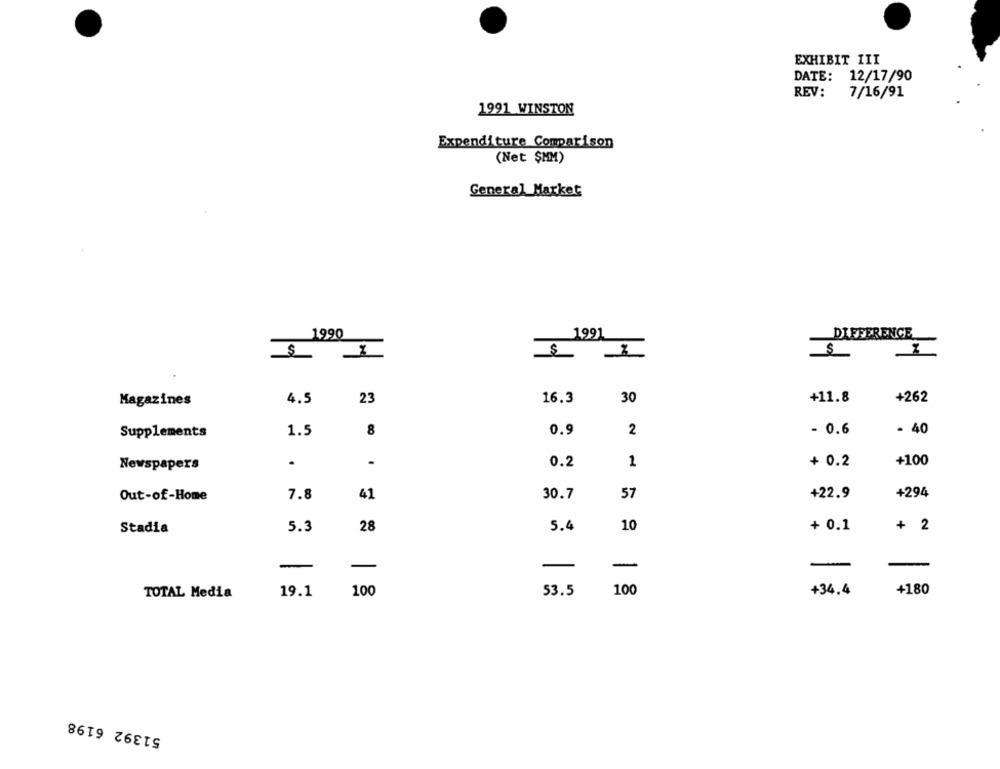
EXHIBIT III
DATE: 12/17/90
REV:
7/16/91
1991 WINSTON
Expenditure Comparison
(Net $MM)
General Market
1990
1991
DIFFERENCE
$
4.5
23
16.3
30
+11.8
+262
Magazines
8
0.9
2
- 0.6
- 40
Supplements
1.5
+100
Newspapers
.
0.2
1
+ 0.2
Out-of-Home
7.8
41
30.7
57
+22.9
+294
Stadia
5.3
28
5.4
10
+ 0.1
+ 2
-
-
-
-
19.1
100
53.5
100
+34.4
+180
TOTAL Media
51392 6198